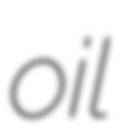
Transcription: oil